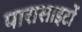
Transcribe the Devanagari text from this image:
पारासाइटों